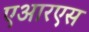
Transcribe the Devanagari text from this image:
एआरएस